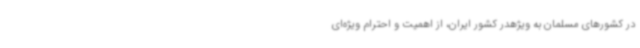
در کشورهای مسلمان به ویژهدر کشور ایران، از اهمیت و احترام ویژه‌ای